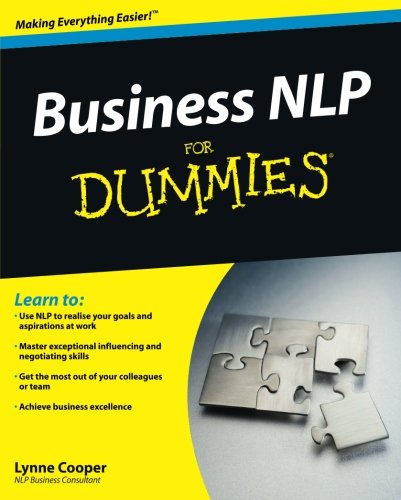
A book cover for Business NLP For Dummies; Lynne Cooper; Self-Help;